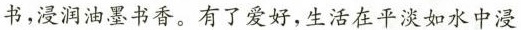
书，漫润油墨书香。有了爱好，生活在平淡如水中浸